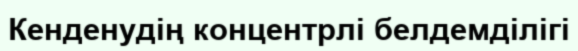
Кенденудің концентрлі белдемділігі